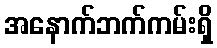
အနောက်ဘက်ကမ်းရှိ